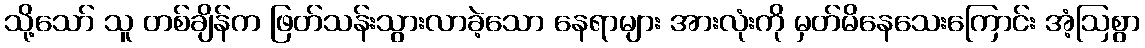
သို့သော် သူ တစ်ချိန်က ဖြတ်သန်းသွားလာခဲ့သော နေရာများ အားလုံးကို မှတ်မိနေသေးကြောင်း အံ့ဩစွာ